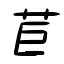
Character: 苣